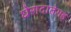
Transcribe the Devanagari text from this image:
घेरादातेगड